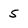
Character: 5